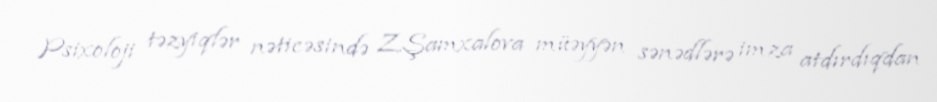
Psixoloji təzyiqlər nəticəsində Z.Şamxalova müəyyən sənədlərə imza atdırdıqdan